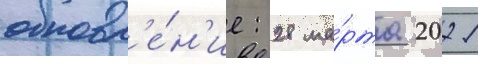
обновл'е́н'ие: 28 ма́рта 2021